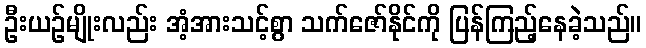
ဦးယဉ်မျိုးလည်း အံ့အားသင့်စွာ သက်ဇော်နိုင်ကို ပြန်ကြည့်နေခဲ့သည်။